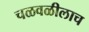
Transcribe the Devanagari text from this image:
चळवळीलाच